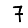
Digit: 7